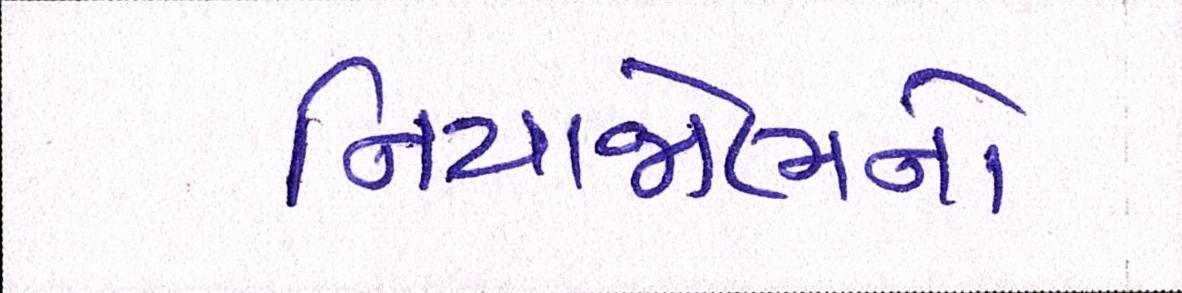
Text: નિયાજોભનો